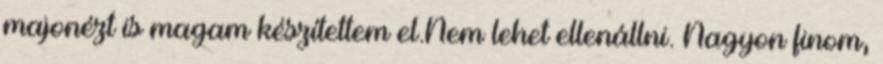
majonézt is magam készítettem el.Nem lehet ellenállni. Nagyon finom,